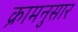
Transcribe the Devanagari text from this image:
क्रामनुसार